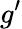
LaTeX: g^{\prime}